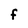
Character: F